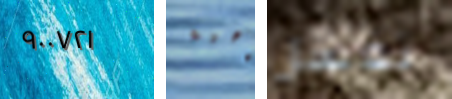
٩٠٠٧٢١ رهبة تغسل